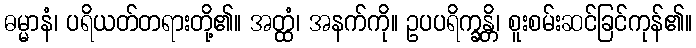
ဓမ္မာနံ၊ ပရိယတ်တရားတို့၏။ အတ္ထံ၊ အနက်ကို။ ဥပပရိက္ခန္တိ၊ စူးစမ်းဆင်ခြင်ကုန်၏။